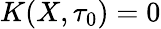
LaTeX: K(X,\tau_{0})=0